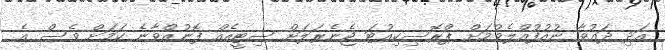
އަދި ދައުވާ ނުއުފުއްލެވުމަށް ޕްރޮސިކިއުޓަ ޖެނެރަލަށް ސިޓީއެއް ފޮނުއްވާނެ ކަމަށް ވެސް އެ